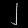
Digit: ၂